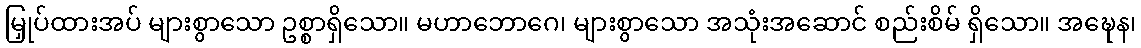
မြှုပ်ထားအပ် များစွာသော ဥစ္စာရှိသော။ မဟာဘောဂေ၊ များစွာသော အသုံးအဆောင် စည်းစိမ် ရှိသော။ အဍ္ဎေန၊